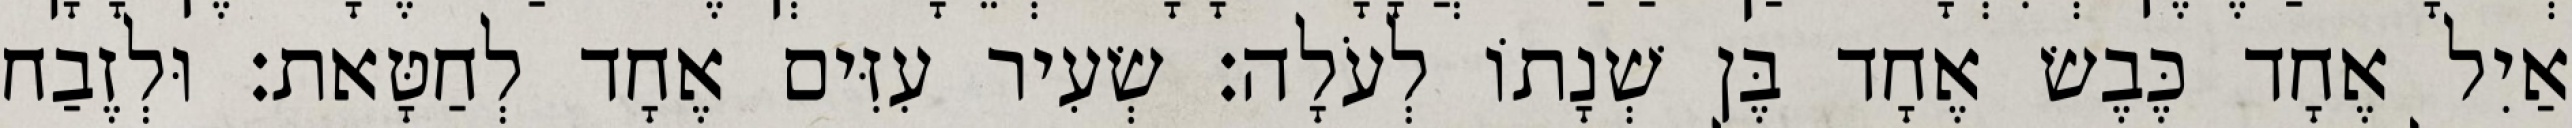
אַיִל אֶחָד כֶּבֶשׂ אֶחָד בֶּן שְׁנָתוֹ לְעֹלָה׃ שְׂעִיר עִזִּים אֶחָד לְחַטָּאת׃ וּלְזֶבַח